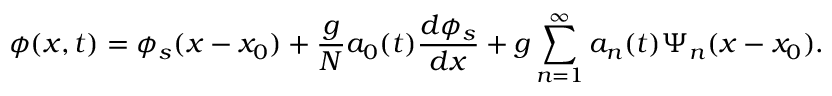
\phi ( x , t ) = \phi _ { s } ( x - x _ { 0 } ) + \frac { g } { N } a _ { 0 } ( t ) \frac { d \phi _ { s } } { d x } + g \sum _ { n = 1 } ^ { \infty } a _ { n } ( t ) \Psi _ { n } ( x - x _ { 0 } ) .